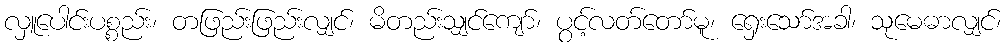
လှူပေါင်းပစ္စည်း၊ တဖြည်းဖြည်းလျှင်၊ မိတည်းသျှင်ကျော်၊ ပွင့်လတ်တော်မူ၊ ရှေးသော်အခါ၊ သုမေဓာလျှင်၊